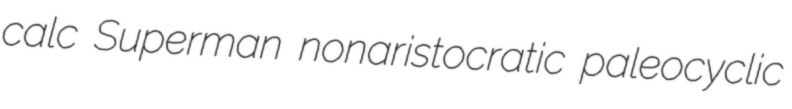
calc Superman nonaristocratic paleocyclic